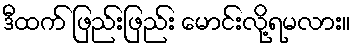
ဒီထက် ဖြည်းဖြည်း မောင်းလို့ရမလား။